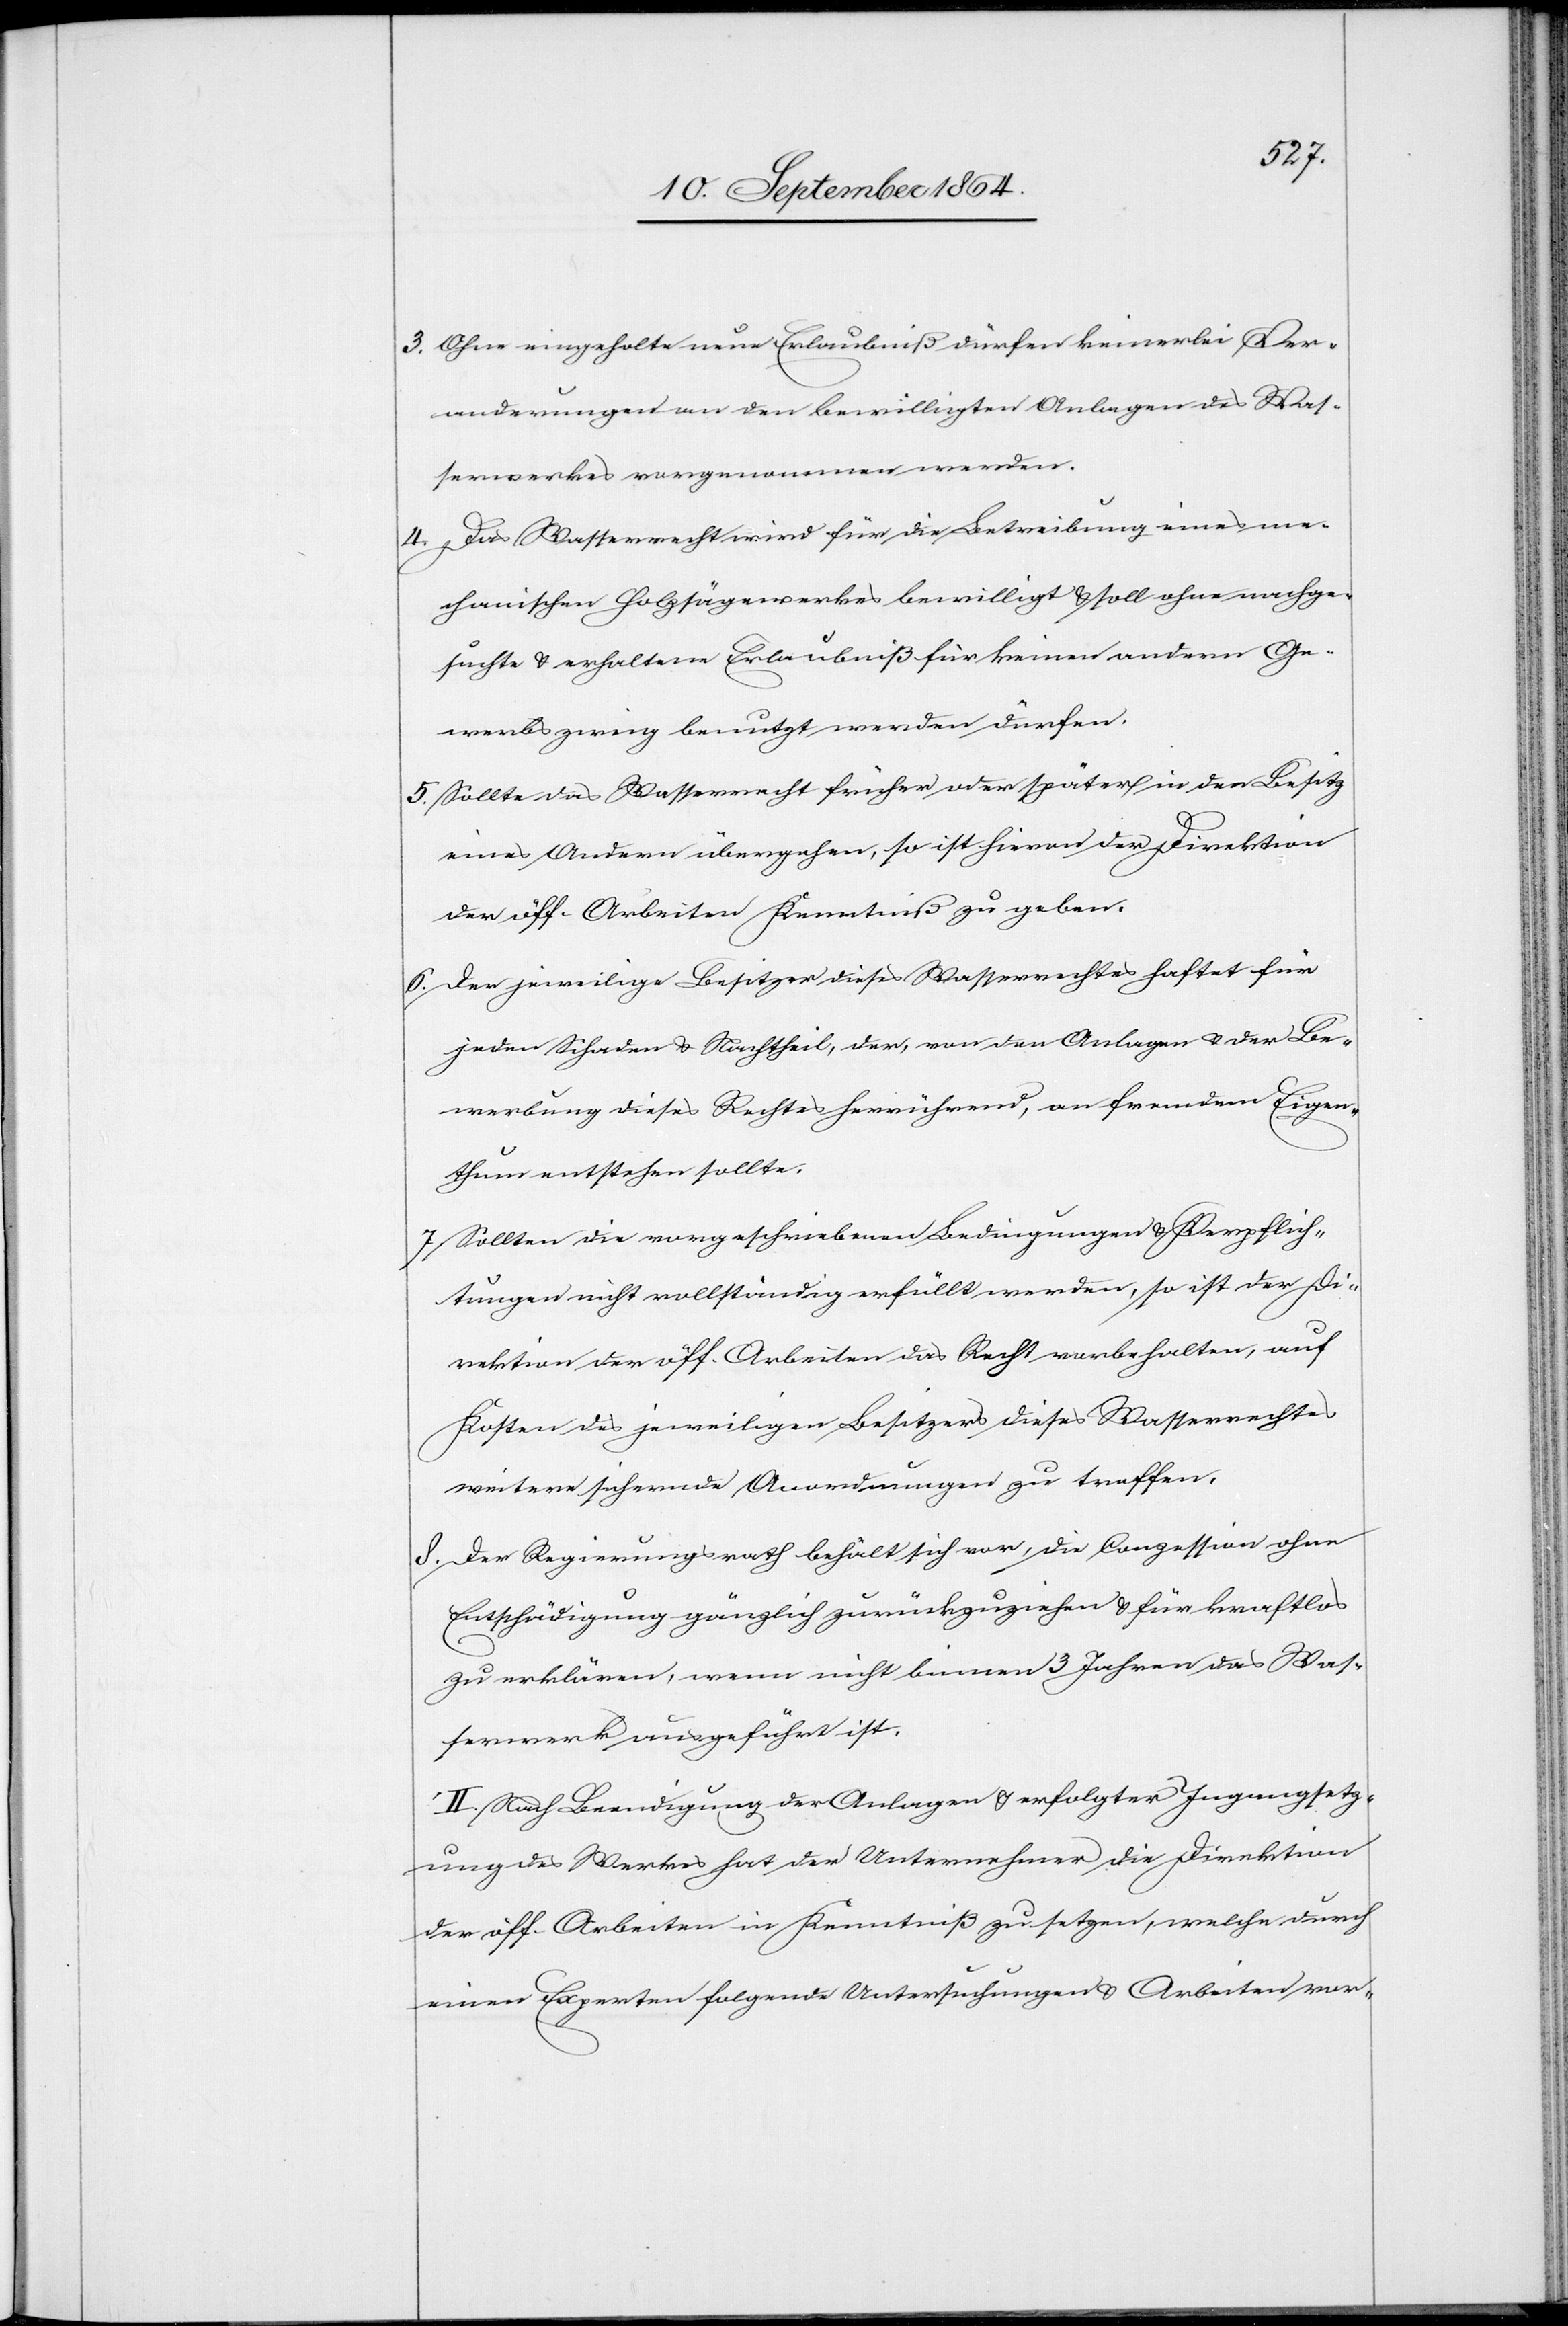
3. 	Ohne eingeholte neue Erlaubniß dürfen keinerlei Ver¬
änderungen an den bewilligten Anlagen des Was¬
serwerkes vorgenommen werden.
4.	Das Wasserrecht wird für die Betreibung eines me¬
chanischen Holzsägewerkes bewilligt & soll ohne nachge¬
suchte & erhaltene Erlaubniß für keinen andern Ge¬
werbszweig benutzt werden dürfen.
5.	Sollte das Wasserrecht früher oder später in den Besitz
eines Andern übergehen, so ist hievon der Direktion
der öff. Arbeiten Kenntniß zu geben.
6.	Der jeweilige Besitzer dieses Wasserrechtes haftet für
jeden Schaden & Nachtheil, der, von den Anlagen & der Be¬
werbung dieses Rechtes herrührend, an fremdem Eigen¬
thum entstehen sollte.
7.	Sollten die vorgeschriebenen Bedingungen & Verpflich¬
tungen nicht vollständig erfüllt werden, so ist der Di¬
rektion der öff. Arbeiten das Recht vorbehalten, auf
Kosten des jeweiligen Besitzers dieses Wasserrechtes
weitere sichernde Anordnungen zu treffen.
8.	Der Regierungsrath behält sich vor, die Conzession ohne
Entschädigung gänzlich zurückzuziehen & für kraftlos
zu erklären, wenn nicht binnen 3 Jahren das Was¬
serwerk ausgeführt ist.
II. Nach Beendigung der Anlagen & erfolgter Ingangsetz¬
ung des Werkes hat der Unternehmer die Direktion
der öff. Arbeiten in Kenntniß zu setzen, welche durch
einen Experten folgende Untersuchungen & Arbeiten vor-